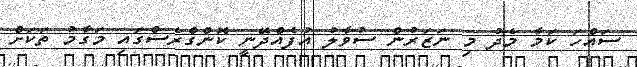
ސައްހަ ކަމާ މެދު މި ނަޒަރުން ސުވާލު އުފެއްދޭނީ ކޮންގްރެސްގައި މަގާމު ތަކަށް